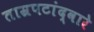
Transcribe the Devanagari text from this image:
ताम्रपटांद्वारे